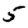
Digit: 5